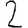
Digit: 2